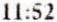
11:52